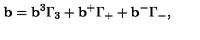
{ \bf b } = { \bf b } ^ { 3 } \Gamma _ { 3 } + { \bf b } ^ { + } \Gamma _ { + } + { \bf b } ^ { - } \Gamma _ { - } ,